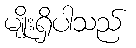
မျိုးရှိပါသည်